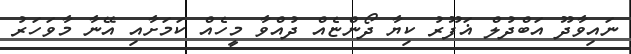
ނައިވާދޫ އަބްދުލް ޣަފޫރު ކިޔާ ދޯންޏެއް ދުއްވާ މީހެއް ކަމަށާއި އޭނާ މާވަހަރު